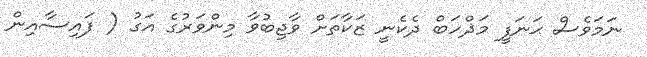
ނަމަވެސް ޙަނަފީ މަޛްހަބް ދެކެނީ ޒަކާތަށް ވާޖިބުވާ މިންވަރުގެ އަގު ( ފައިސާއިން